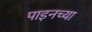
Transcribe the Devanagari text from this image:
पाइनच्या